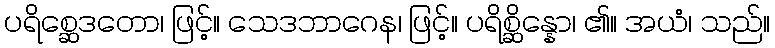
ပရိစ္ဆေဒတော၊ ဖြင့်။ သေဒဘာဂေန၊ ဖြင့်။ ပရိစ္ဆိန္နော၊ ၏။ အယံ၊ သည်။